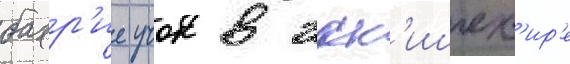
бахр'ие учок в эск'ишех'ир'е